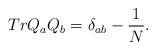
\begin{align*}TrQ_aQ_b=\delta_{ab}-\frac{1}{N}.\end{align*}